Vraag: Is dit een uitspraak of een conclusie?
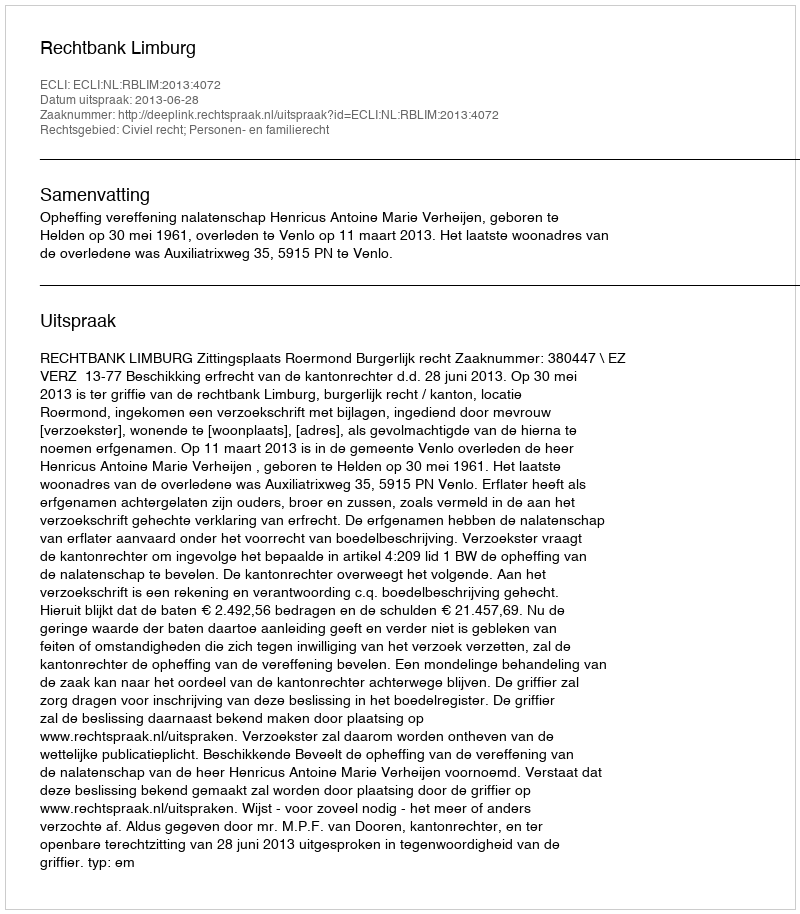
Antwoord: Uitspraak